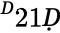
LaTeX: ^Ḋ21Ḍ